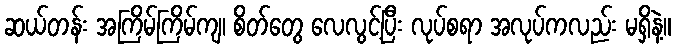
ဆယ်တန်း အကြိမ်ကြိမ်ကျ၊ စိတ်တွေ လေလွင့်ပြီး လုပ်စရာ အလုပ်ကလည်း မရှိနဲ့။